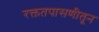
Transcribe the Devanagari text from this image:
रक्ततपासणीतून